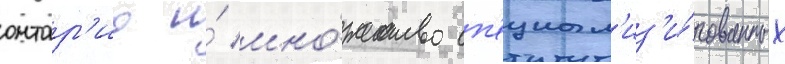
онтар'ио и́ мно́жество сп'ециал'из'и́рованных